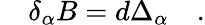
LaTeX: \quad\delta_{\alpha}B=d\Delta_{\alpha}\quad.